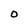
Character: 0